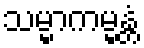
သမ္မာကမ္မန္တံ